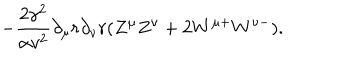
- \frac { 2 \gamma ^ { 2 } } { \alpha v ^ { 2 } } \partial _ { \mu } r \partial _ { \nu } r ( Z ^ { \mu } Z ^ { \nu } + 2 W ^ { \mu + } W ^ { \nu - } ) .